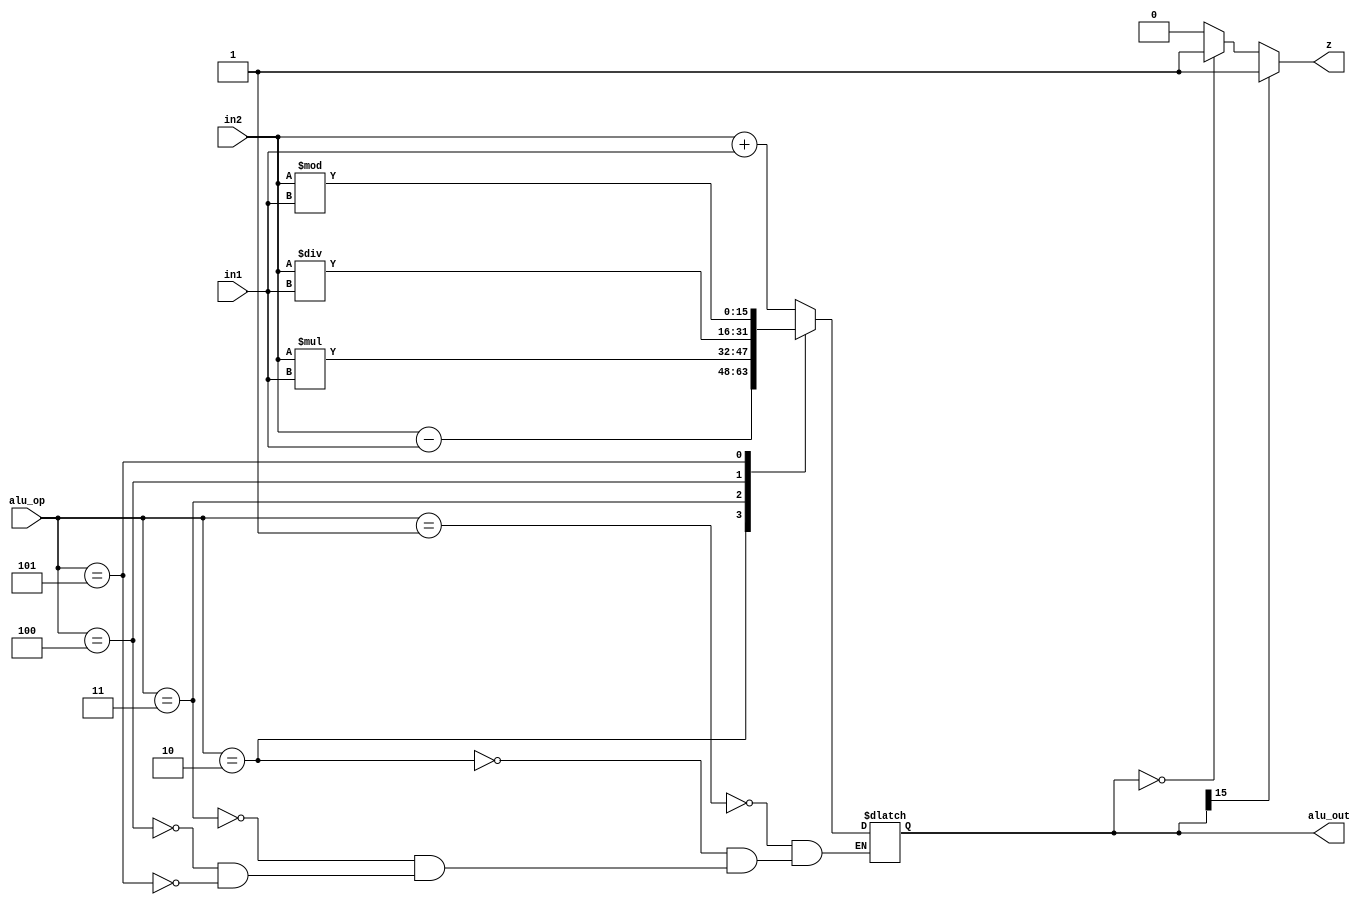
module ALU (input [15:0] in1,
            input [15:0] in2,
            input [2:0] alu_op,
            output reg [15:0] alu_out,
            output reg z);

    always @(*) begin
        case (alu_op)
            3'd1: alu_out <= in2 + in1;
            3'd2: alu_out <= in2 - in1;
            3'd3: alu_out <= in2 * in1;
            3'd4: alu_out <= in2 / in1;
            3'd5: alu_out <= in2 % in1;
        endcase
        
        if (alu_out[15] == 1'b1)
            z <= 1;
        else if (alu_out == 16'd0)
            z <= 1;
        else
            z <= 0;
    end

endmodule